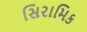
સિરામિક